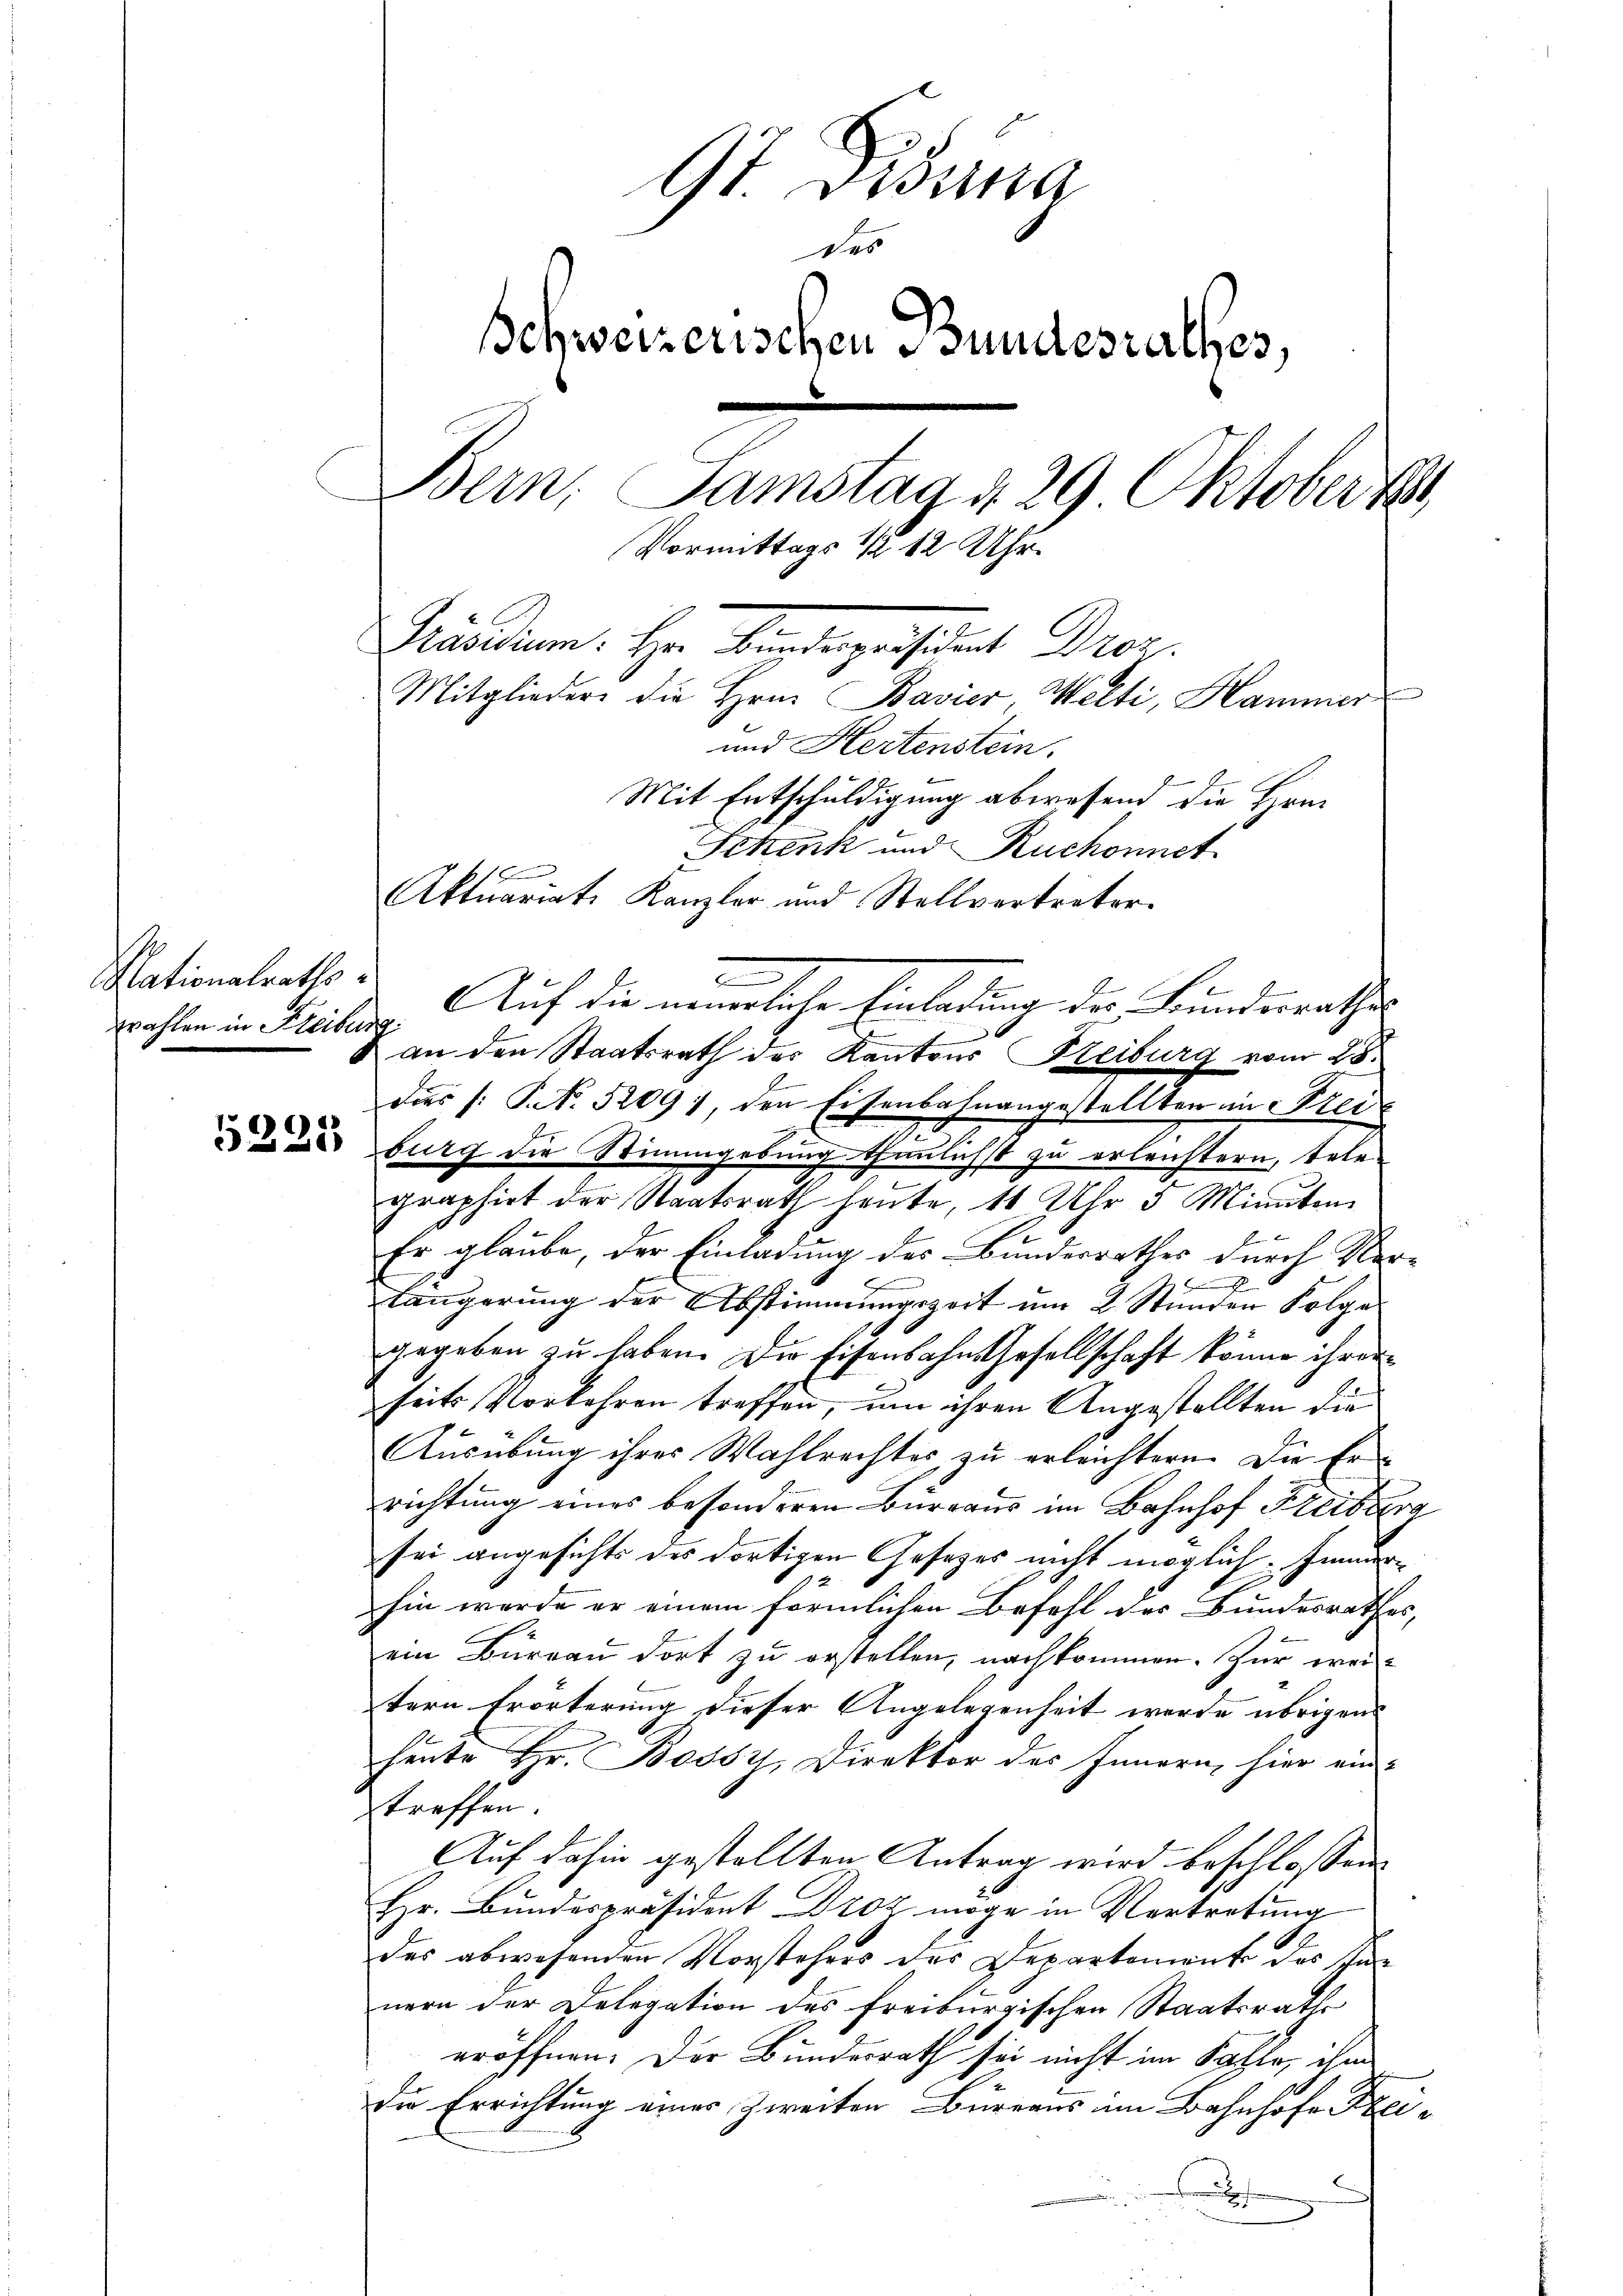
Nationalraths
trahlen in Freiburg.

9t. Disena
des
Schweizerischen Bundesrathes,
Bern, Samstag d. 29 Oktoberk
Vormittags 1/2 12 Uhr.
Präsidium. Hr. Bindegesident Droz.
Mitglieder die Hrn. Bavier, Welti, Hammer
und Hertenstein.
Mit Entschuldigung abwesend die Hrn.
Schenk und Ruchonnet
Aktuariat Kanzler und Stellvertreter

Auf die neuerliche Einladung der Bundesrathes
an den Staatsrath des Kantons Reiburg vom 28.
dies /: P. No. 5209), den Eisenbahnangestellten in Ster
2
 burg die Stimmgebung theulichst zu erleichtern, tele-
graphirt der Staatsrath heute, 11 Uhr 5 Minuten
Er glaube, der Einladung des Bundesrathes durch Ver-
x
längerung der Abstimmungszeit um 2 Stunden Folge
gegeben zu haben. Die Eisenbahn Gesellschaft könne ihrer
seits Vorkehren treffen, um ihren Angestellten die
Ausübung ihres Wahlrechtes zu erleichtern. Die Errichtung eines besonderen Burgaus im Bahnhof Freiburg
sei angesichts des dortigen Gesetzes nicht möglich Innerhin werde er einem förmlichen Befehl des Bundesrathes,
ein Büreau dort zu erstellen, nachkommen. Zur weitern Erörterung dieser Angelegenheit werde übrigens
heute Hr. Bossil, Direktor des Innern hier ein-
treffen
Auf dahin gestellten Antrag wird beschlossen
Hr. Bundespräsident Droz möge in Vertretung
des abwesenden Vorstehers des Departement des Innern der Delegation des freiburgischen Staatsrath
eröffnen. Der Bundesrath sei nicht im Satte, ihm
die Errichtung eines Zweiten Bureaus im Bahnhofe Frei¬
.